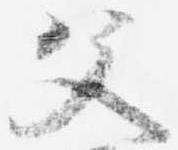
父